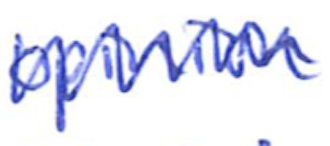
Text: opinion
Cross-out: zig-zag
Writing tool: ballpoint